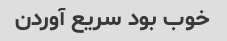
خوب بود سریع آوردن